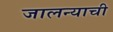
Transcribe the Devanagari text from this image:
जालन्याची